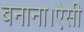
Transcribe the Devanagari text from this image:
बनाना।ऐसी